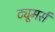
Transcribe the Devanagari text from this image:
ट्यूमर्स